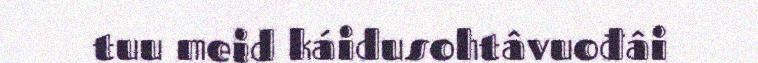
tuu meid káidusohtâvuođâi